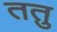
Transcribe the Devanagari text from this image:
ततु